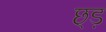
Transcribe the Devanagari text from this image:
छ्ड़